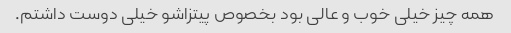
همه چیز خیلی خوب و عالی بود بخصوص پیتزاشو خیلی دوست داشتم.